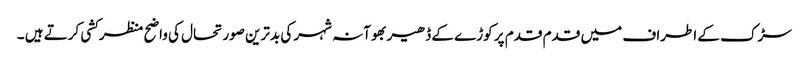
سڑک کے اطراف میں قدم قدم پر کوڑے کے ڈھیر بھوآنہ شہر کی بدترین صورتحال کی واضح منظرکشی کرتے ہیں ۔